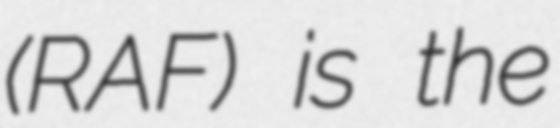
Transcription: (RAF) is the